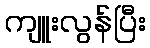
ကျူးလွန်ပြီး